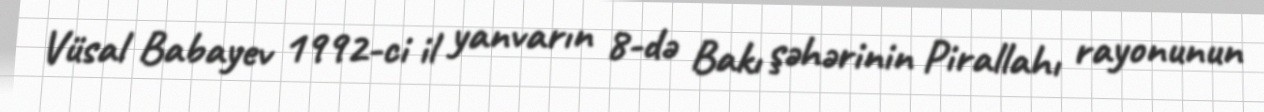
Vüsal Babayev 1992-ci il yanvarın 8-də Bakı şəhərinin Pirallahı rayonunun